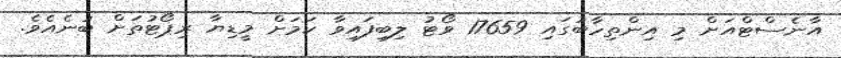
އާނެސްޓްއަށް މި އިންތިހާބުގައި 17659 ވޯޓު ލިބިފައިވާ ކަމަށް މީޑިޔާ ރިޕޯޓުތަށް ބުނެއެވެ.